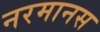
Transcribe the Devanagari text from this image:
नरमानस